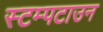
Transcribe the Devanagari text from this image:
स्टम्पटाउन